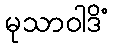
မုသာဝါဒိံ